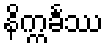
နိက္ကင်္ခဿ